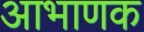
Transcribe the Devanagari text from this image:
आभाणक